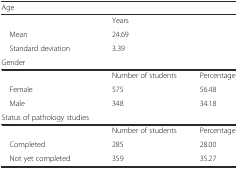
<table><thead><tr><td><b>Age</b></td><td colspan="2"></td></tr></thead><tbody><tr><td></td><td colspan="2">Years</td></tr><tr><td> Mean</td><td colspan="2">24.69</td></tr><tr><td> Standard deviation</td><td colspan="2">3.39</td></tr><tr><td>Gender</td><td colspan="2"></td></tr><tr><td></td><td>Number of students</td><td>Percentage</td></tr><tr><td> Female</td><td>575</td><td>56.48</td></tr><tr><td> Male</td><td>348</td><td>34.18</td></tr><tr><td>Status of pathology studies</td><td></td><td></td></tr><tr><td></td><td>Number of students</td><td>Percentage</td></tr><tr><td> Completed</td><td>285</td><td>28.00</td></tr><tr><td> Not yet completed</td><td>359</td><td>35.27</td></tr></tbody></table>